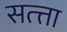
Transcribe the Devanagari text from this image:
सत्त्ता